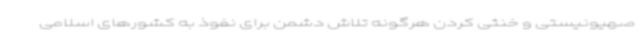
صهیونیستی و خنثی کردن هرگونه تلاش دشمن برای نفوذ به کشورهای اسلامی